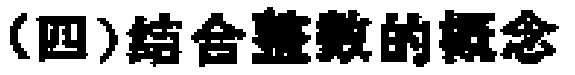
(四)结合整数的概念